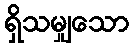
ရှိသမျှသော